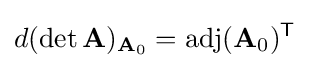
d(\det \mathbf {A} )_{\mathbf {A} _{0}}=\operatorname {adj} (\mathbf {A} _{0})^{\mathsf {T}}